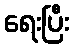
ရေးပြီး